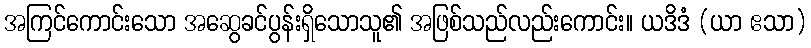
အကြင်ကောင်းသော အဆွေခင်ပွန်းရှိသောသူ၏ အဖြစ်သည်လည်းကောင်း။ ယဒိဒံ (ယာ ဧသာ)